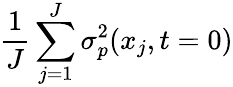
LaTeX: \frac{1}{J}\sum_{j=1}^{J}\sigma_{p}^{2}(x_{j},t=0)